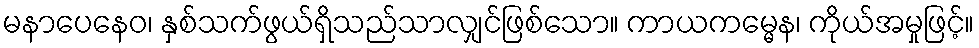
မနာပေနေဝ၊ နှစ်သက်ဖွယ်ရှိသည်သာလျှင်ဖြစ်သော။ ကာယကမ္မေန၊ ကိုယ်အမှုဖြင့်။